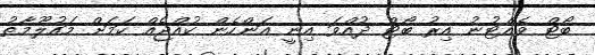
ބޯޓް ވެއްޓުނު އިރު ބޯޓް ދުއްވަ އިނީ އަންހެން ކުއްޖެއް ކަމަށް މައުލޫމާތު